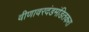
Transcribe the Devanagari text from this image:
वीणावरदंडमंडितकरा